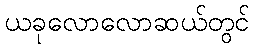
ယခုလောလောဆယ်တွင်